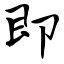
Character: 即